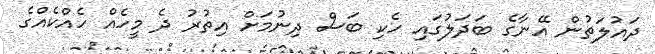
ދައުލަތުން އޭނާގެ ބަދަލުގައި ހެކި ބަސް ދިނުމަށް އިތުރު ދެ މީހެއް ހެއްކެއްގެ